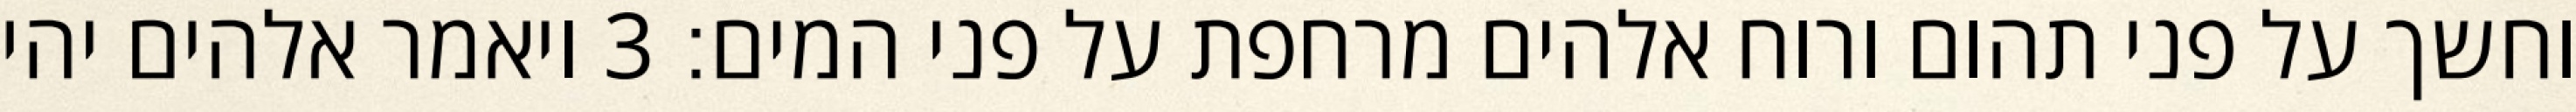
וחשך על פני תהום ורוח אלהים מרחפת על פני המים׃ ‎3‏ ויאמר אלהים יהי